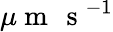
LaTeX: \mu\mathrm{~m~}\, \mathrm{~s~}^{-1}